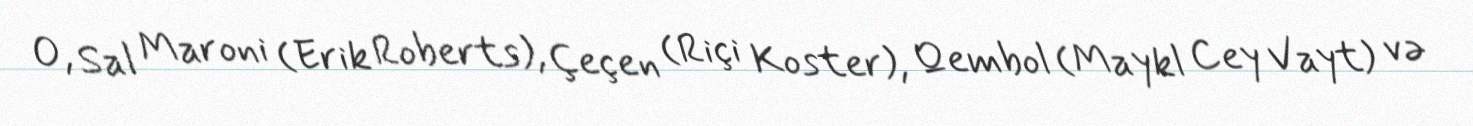
O, Sal Maroni (Erik Roberts), Çeçen (Riçi Koster), Qembol (Maykl Cey Vayt) və